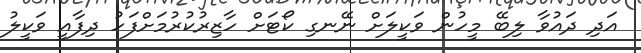
އަދި ދައުވާ ލިބޭ މީހުން ވަކީލަށް ނޭނގި ކޯޓަށް ހާޒިރުކުރުމަށްފަހު ދިފާއީ ވަކީލު